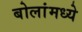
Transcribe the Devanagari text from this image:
बोलांमध्ये